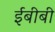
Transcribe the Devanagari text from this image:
ईबीबी